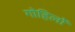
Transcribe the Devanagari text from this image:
गोहिलों